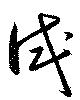
試